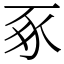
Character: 豖